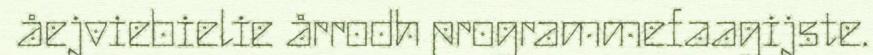
åejviebielie årrodh programmefaagijste.